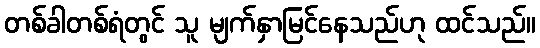
တစ်ခါတစ်ရံတွင် သူ မျက်နှာမြင်နေသည်ဟု ထင်သည်။